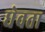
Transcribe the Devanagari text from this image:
धेवता